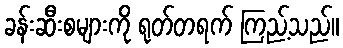
ခန်းဆီးစများကို ရုတ်တရက် ကြည့်သည်။